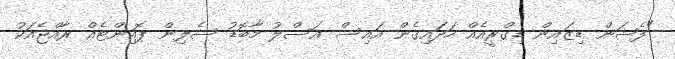
"ފެޝަން ޑިޒައިން ޑިގްރީއެއް ހަދައިގެން އައިސް އަސްލު މާބޮޑު ސެލިން ޕޮއިންޓެއް ރާއްޖެއަކު